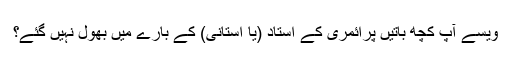
ویسے آپ کچھ باتیں پرائمری کے استاد (یا استانی) کے بارے میں بھول نہیں گئے؟